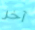
آخر